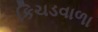
કિચડવાળા